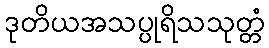
ဒုတိယအသပ္ပုရိသသုတ္တံ